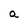
Character: a